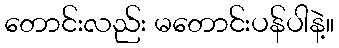
တောင်းလည်း မတောင်းပန်ပါနဲ့။